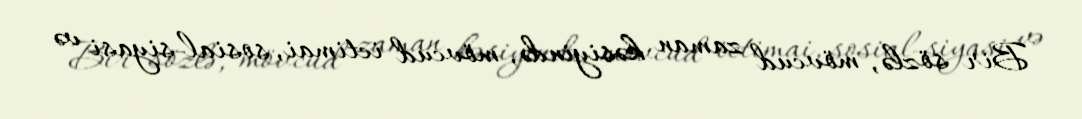
Bir sözlə, mövcud zaman kəsiyində, mövcud ictimai, sosial-siyasi və